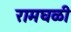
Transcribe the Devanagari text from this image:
रामघळी